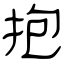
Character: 抱